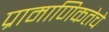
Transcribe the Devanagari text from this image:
प्रामाणिकतेचे